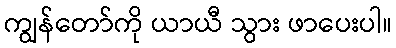
ကျွန်တော်ကို ယာယီ သွား ဖာပေးပါ။